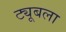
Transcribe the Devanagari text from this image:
ट्यूबला